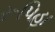
રૂપિહા